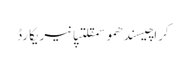
کراچیسندھموسمقلتپانیریکارڈ